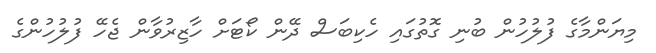
މިޔަންމާގެ ފުލުހުން ބުނި ގޮތުގައި ހެކިބަސް ދޭން ކޯޓަށް ހާޒިރުވާން ޖެހޭ ފުލުހުންގެ